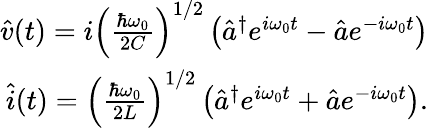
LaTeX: \begin{array}{r}{\hat{v}(t)=i\left(\frac{\hbar\omega_{0}}{2C}\right)^{1/2}\left(\hat{a}^{\dagger}e^{i\omega_{0}t}-\hat{a}e^{-i\omega_{0}t}\right)}\\ {\hat{i}(t)=\left(\frac{\hbar\omega_{0}}{2L}\right)^{1/2}\left(\hat{a}^{\dagger}e^{i\omega_{0}t}+\hat{a}e^{-i\omega_{0}t}\right).}\end{array}